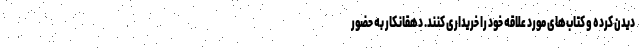
دیدن کرده و کتاب‌های مورد علاقه خود را خریداری کنند. دهقانکار به حضور